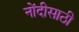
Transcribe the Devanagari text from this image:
नोंदीसाठी